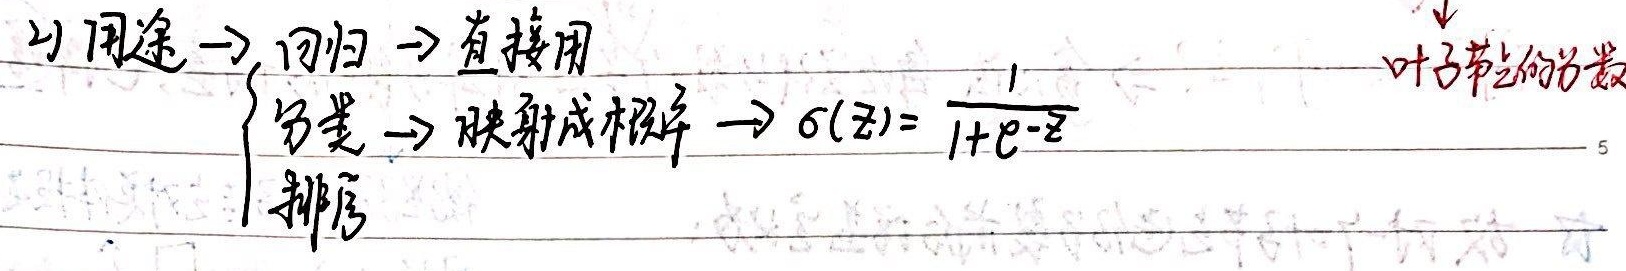
2) 用途 $\to$ 回归 $\to$ 直接用
\[
\begin{cases}
\text{分类} \to \text{映射成概率} \to \sigma(z)=\frac{1}{1 + e^{-z}} \\
\text{排序}
\end{cases}
\]
叶子节点的分数